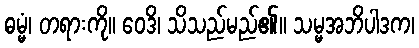
ဓမ္မံ၊ တရားကို။ ဝေဒိ၊ သိသည်မည်၏။ သမ္မအဘိပါဒက၊